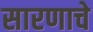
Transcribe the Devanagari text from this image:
सारणाचे